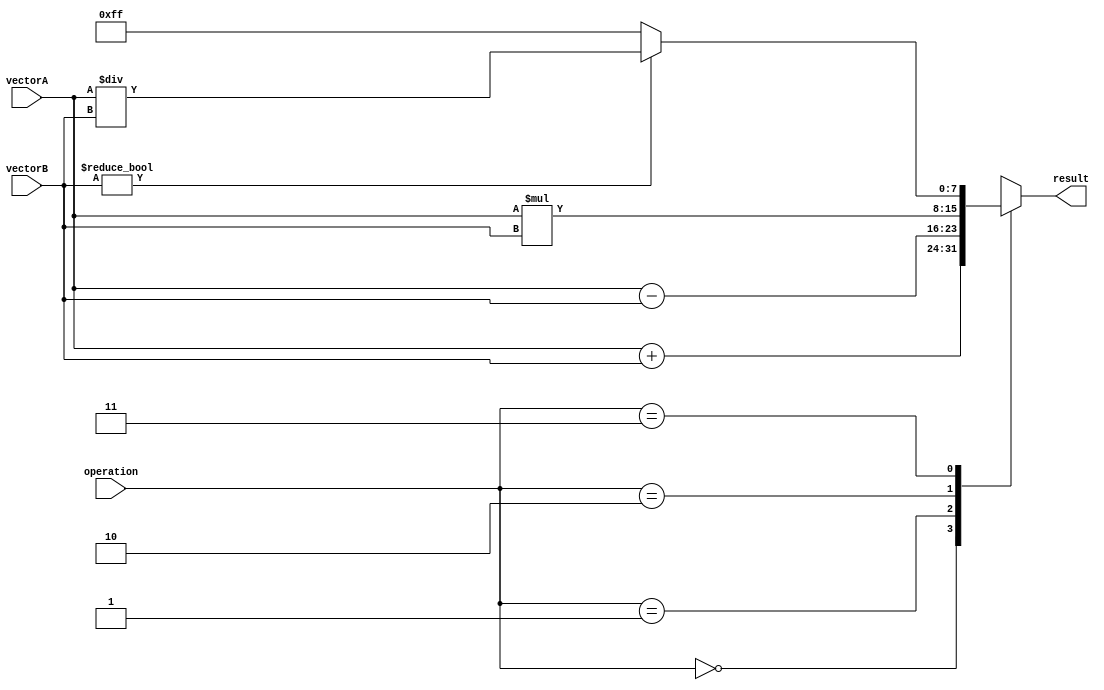
module VectorALU (
    input [7:0] vectorA,
    input [7:0] vectorB,
    input [1:0] operation,
    output reg [7:0] result
);

always @(*)
begin
    case(operation)
        2'b00: result = vectorA + vectorB; // addition
        2'b01: result = vectorA - vectorB; // subtraction
        2'b10: result = vectorA * vectorB; // multiplication
        2'b11: begin // division
            if(vectorB != 0)
                result = vectorA / vectorB;
            else
                result = 8'hFF; // division by zero returns max value
        end
    endcase
end

endmodule